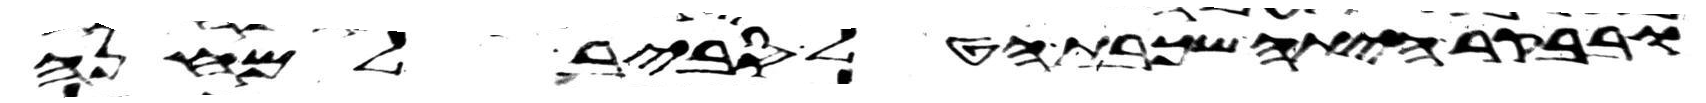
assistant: ובבקר היתה שכבת הטל סביב למחנה